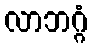
လာဘဂ္ဂံ